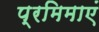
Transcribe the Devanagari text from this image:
प्रमिमाएं